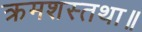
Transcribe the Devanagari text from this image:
क्रमशस्तथा॥